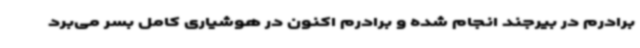
برادرم در بیرجند انجام شده و برادرم اکنون در هوشیاری کامل بسر می‌برد